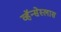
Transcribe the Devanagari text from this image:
व्हॅन्सेस्लास